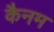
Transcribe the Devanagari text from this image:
कैनम